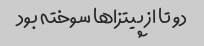
دو تا از پیتزاها سوخته بود